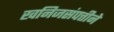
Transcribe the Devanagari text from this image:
खनिजसंपत्तीने